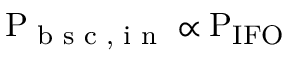
\mathrm { P _ { \textup { b s c , i n } } } \propto \mathrm { P _ { I F O } }